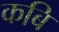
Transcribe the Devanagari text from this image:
कबि